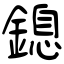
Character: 鎴